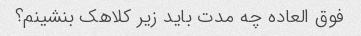
فوق العاده چه مدت باید زیر کلاهک بنشینم؟